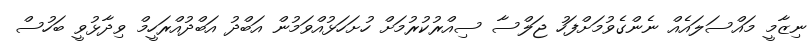
ނިޒާމީ މައްސަލައެއް ނެންގެވުމަށްފަހު ޖަލްސާ ސިއްރުކުރުމަށް ހުށަހަޅުއްވަމުން އަބްދު އަބްދުއްރަހީމް ވިދާޅުވީ ބަހުސް